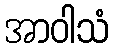
အာဝါသံ